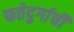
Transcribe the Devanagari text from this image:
फत्तेदुर्गाची